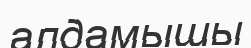
алдамышы